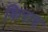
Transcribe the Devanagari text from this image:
किराद